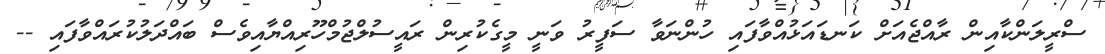
ސްރީލަންކާއިން ރާއްޖެއަށް ކަނޑައަޅުއްވާފައި ހުންނަވާ ސަފީރު ވަނީ މީގެކުރިން ރައީސުލްޖުމްހޫރިއްޔާއިވެސް ބައްދަލުކުރައްވާފައި --